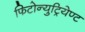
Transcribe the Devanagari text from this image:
फिटोन्युट्रियेण्ट